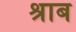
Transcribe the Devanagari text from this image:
श्राब